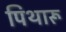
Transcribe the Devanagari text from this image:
पिथारू